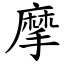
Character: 摩